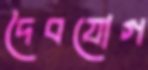
দৈবযোগ